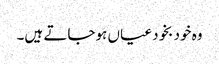
وہ خود بخود عیاں ہوجاتے ہیں۔